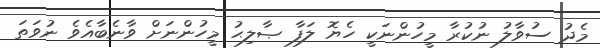
މެދު ސުވާލު ނުކުރާ މީހުންނަކީ ހެޔޮ ލަފާ ޞާލިޙު މީހުންނަށް ވާނެބާއެވެ ނުވަތަ